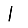
Digit: 1